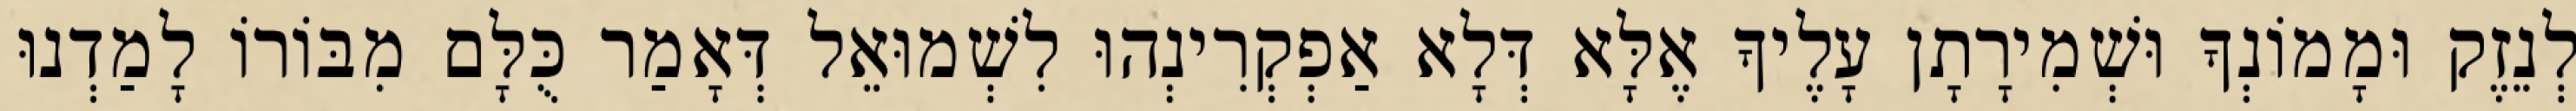
לְנֵזֶק וּמָמוֹנְךָ וּשְׁמִירָתָן עָלֶיךָ אֶלָּא דְּלָא אַפְקְרִינְהוּ לִשְׁמוּאֵל דְּאָמַר כֻּלָּם מִבּוֹרוֹ לָמַדְנוּ